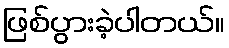
ဖြစ်ပွားခဲ့ပါတယ်။